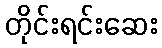
တိုင်းရင်းဆေး